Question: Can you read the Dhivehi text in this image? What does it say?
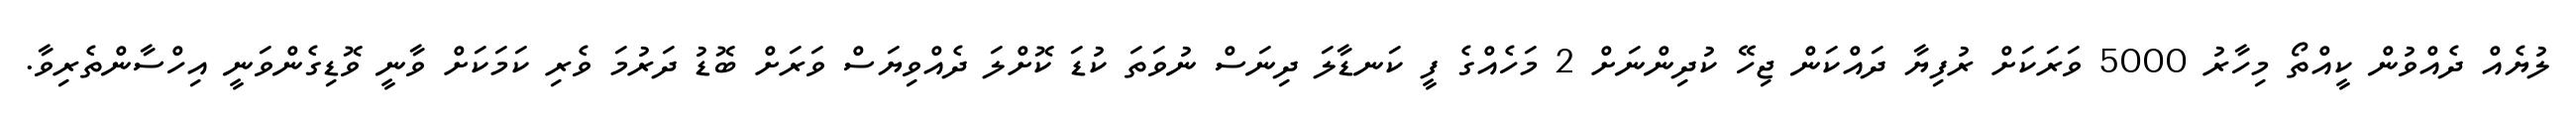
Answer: ލުޔެއް ދެއްވުން ކީއްތޯ މިހާރު 5000 ވަރަކަށް ރުފިޔާ ދައްކަން ޖިހޭ ކުދިންނަށް 2 މަހެއްގެ ފީ ކަނޑާލަ ދިނަސް ނުވަތަ ކުޑަ ކޮށްލަ ދެއްވިޔަސް ވަރަށް ބޮޑު ދަރުމަ ވެރި ކަމަކަށް ވާނީ ވޮޑިގެންވަނީ އިހްސާންތެރިވާ.